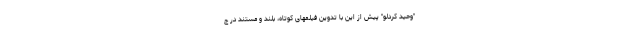
"وحید کردلو" پیش از این با تدوین فیلمهای کوتاه، بلند و مستند در ج